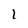
Character: l